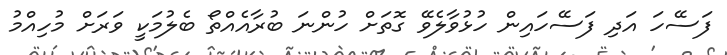
ފަސޭހަ އަދި ފަސޭހައިން ހުޅުވާލެވޭ ގޮތަށް ހުންނަ ބުރާއެއްތޯ ބެލުމަކީ ވަރަށް މުހިއްމު